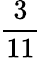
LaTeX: \frac{3}{11}